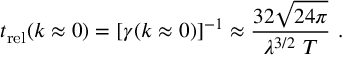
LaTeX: t _ { \mathrm { r e l } } ( k \approx 0 ) = [ \gamma ( { k \approx 0 } ) ] ^ { - 1 } \approx \frac { 3 2 \sqrt { 2 4 \pi } } { \lambda ^ { 3 / 2 } ~ T } ~ .